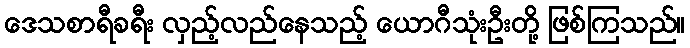
ဒေသစာရီခရီး လှည့်လည်နေသည့် ယောဂီသုံးဦးတို့ ဖြစ်ကြသည်။